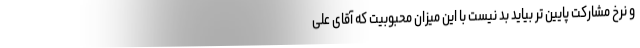
و نرخ مشارکت پایین تر بیاید بد نیست با این میزان محبوبیت که آقای علی